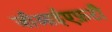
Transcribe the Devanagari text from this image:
जीआईएफ़टी